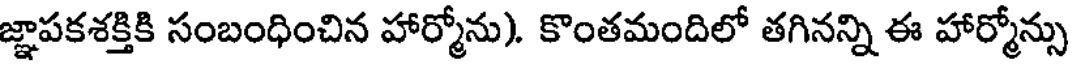
జ్ఞాపకశక్తికి సంబంధించిన హార్మోను). కొంతమందిలో తగినన్ని ఈ హార్మోన్సు